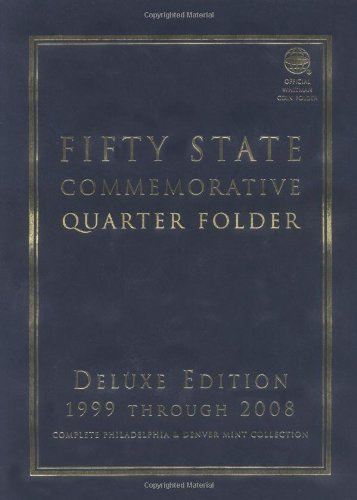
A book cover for Fifty State (District of Columbia and Territorial) Commemorative Quarter Folder: Deluxe Edition (Official Whitman Coin Folder); et al Whitman Coin Book and Supplies; Crafts, Hobbies & Home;